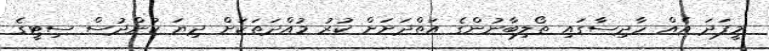
މީފަދަ އެއް ހާދިސާގައި ތޯލިބާނުންގެ އަތްދަށަށް ކުރު މުއްދަތަކަށް ދިޔަ ކުންދުސް ސިޓީގެ